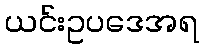
ယင်းဥပဒေအရ